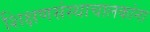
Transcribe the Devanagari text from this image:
शिक्षणसंस्थाचालकांना